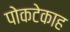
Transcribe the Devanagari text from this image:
पोकटेकाह